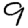
Digit: 9